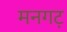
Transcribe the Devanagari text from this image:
मनगट़